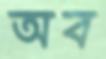
অব